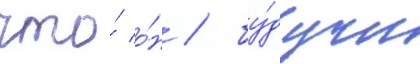
что́ о́н / бу́дучи